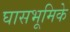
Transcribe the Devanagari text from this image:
घासभूमिके